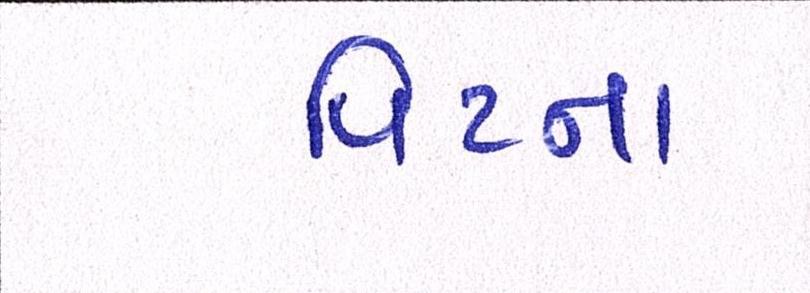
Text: પિટના